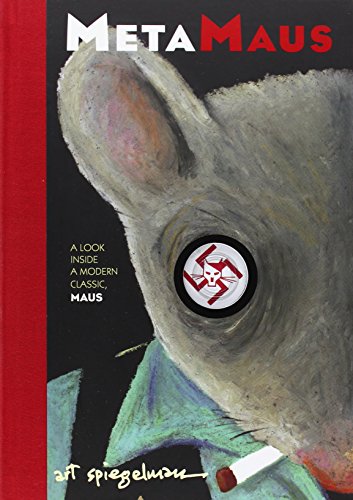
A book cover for MetaMaus: A Look Inside a Modern Classic, Maus (Book + DVD-R); Art Spiegelman; Comics & Graphic Novels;